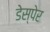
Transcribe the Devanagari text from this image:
डेस्पेर